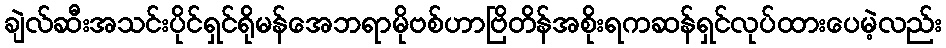
ချဲလ်ဆီးအသင်းပိုင်ရှင်ရိုမန်အေဘရာမိုဗစ်ဟာဗြိတိန်အစိုးရကဆန်ရှင်လုပ်ထားပေမဲ့လည်း